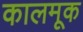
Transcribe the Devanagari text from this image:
कालमूक